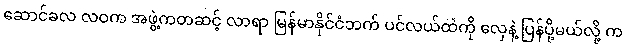
ဆောင်ခလ လဝက အဖွဲ့ကတဆင့် လာရာ မြန်မာနိုင်ငံဘက် ပင်လယ်ထဲကို လှေနဲ့ ပြန်ပို့မယ်လို့ က